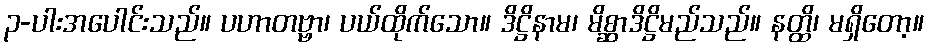
၃-ပါးအပေါင်းသည်။ ပဟာတဗ္ဗာ၊ ပယ်ထိုက်သော။ ဒိဋ္ဌိနာမ၊ မိစ္ဆာဒိဋ္ဌိမည်သည်။ နတ္ထိ၊ မရှိတော့။